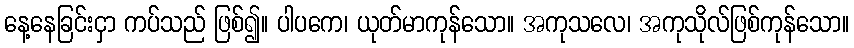
နေ့နေခြင်းငှာ ကပ်သည် ဖြစ်၍။ ပါပကေ၊ ယုတ်မာကုန်သော။ အကုသလေ၊ အကုသိုလ်ဖြစ်ကုန်သော။